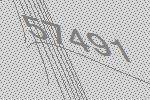
57491